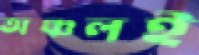
অঞ্চলই